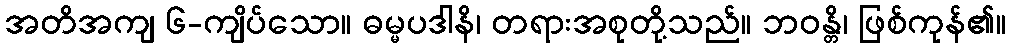
အတိအကျ ၆-ကျိပ်သော။ ဓမ္မပဒါနိ၊ တရားအစုတို့သည်။ ဘဝန္တိ၊ ဖြစ်ကုန်၏။